Lunatic asylums Madras 1892-1911 - 1892-1911
Year: 1892
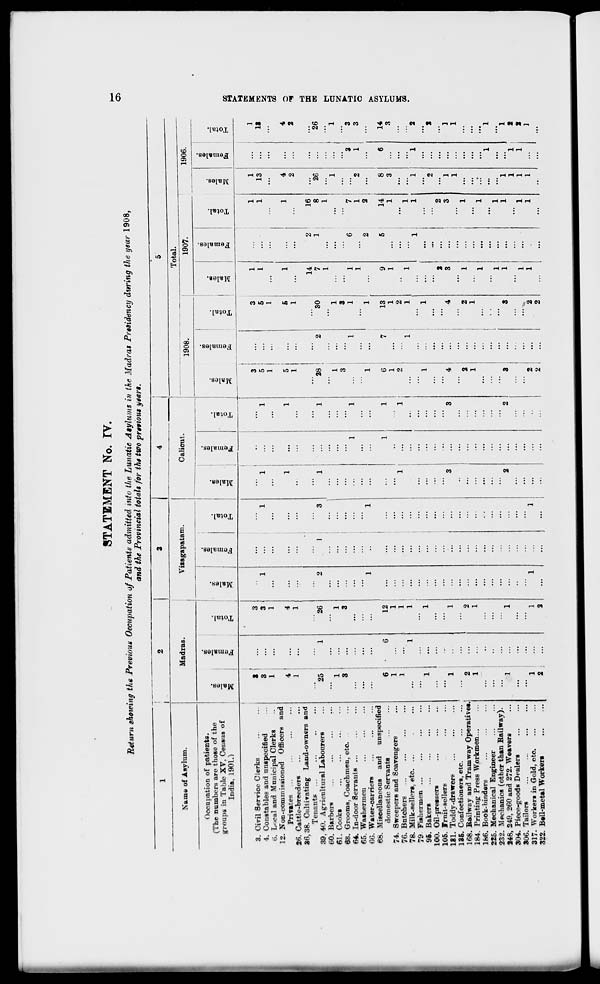
STATEMENT No. TV.
Return showing the Previous Occupation of Patients admitted into the Lunatic Asylums in the Madras Presidency during the year 1908,
and the Provincial totals for the two previous years.
Ci
1
i
1
2
3
4
j
5
Name of Asylum.
Madras.
Vizagapata m.
Caliout.
Total.
i
1908.
1907.
1906.
Occupation of patients.
00
D
DO
re
00
|
00
00
09
(The numbers are those of the
00
15
DO
"3
:
«
IT*
•
00
15
•
■
15
_;
oo
15
groups in Table XV. Census of
"5
i
15
i
c
15
£
15
43
a
0
15
o
15
i
03
"3
1 CO
India, 1901.)
£
fe
EH
3
fa
£
8
o
EH
3
oo
©
EH
a
n
H
S
£ £
3. Civil Service Clerks
»
3
3
!
...
3
i
1
f
1
1
4. Constables and unspecified
3
...
3
l
1
' 1
...
1
5 '
5
i
1
13
...
IS
(5. Local and Municipal Clerks
1
1
...
...
1
...
1
...
...
...
...
12. Non-commissioned Officers and
Privates ...
4
4
...
..
1
1
5
5
i
1
4
4
26. Cattle-breeder6
1
1
..
..
1
1
...
2
...
2
36,38. Cultivating Land-owners and
-
Tenant?
...
..
...
14
2
16
...
...
39. 40. Agricultural Labourers
25
i
26
2
I
3
1
...
1
28
2
30
7
1
8
26
26
60. Barbers
..
...
1
1
...
61. Cooks
1
1
1
1
...
1
1
68. Grooms. Coachmen, etc.
3
...
3
'.'.
...
3
...
3
...
...
...
64. In-door Servants ...
...
1
1
...
1
1
1
6
'" 7
3
3
65. Washermen
...
1
1
2
1
3
6G. Water-carriers
1
1
...
1
1
...
2
2
...
68. Miscellaneous and
unspecified
domestic Servants
6
•
6
12
1
1
6
7
13
9
5
14
8
6
14
74. Sweepers and Scavengers
1
1
1
1
1
1
3
3
76. Butchers
I
1
..
1
1
2
2
...
...
...
...
78. Milk-sellore. etc. ...
1
1
...
...
'" 1
1
1
1
...
79 Fishermen ...
...
1
1
1
1
2
96. Bakers
1
1
..
1
1
...
...
...
100. Oil-pressers
...
...
...
..
...
...
...
...
...
2
...
2
105. Frnit-aellers
...
2
2
...
...
181. Toddy-drawers
1
1
3
3
4
4
3
3
1
]
135. Confectioners, etc.
...
1
1
168. Railway and Tramway Operatives.
2
2
..
...
2
2
1
...
...
...
184. Printing Press Workmen...
1
1
1
1
...
...
...
...
186. Book-binders
...
...
1
..."
...
,..
225. Mechanical Engineer
...
...
1
1
232. Mechanics (other than Bailway).
1
,..
...
...
...
248, 249, 260 and 272. Weavers
' ...
1
1
2
2
3
3
1
1
1
304. Piece-goods Dealers
...
...
1
1
2
306. Tailors
...
...
1
1
1
2
317. Workers in Gold, etc
1
1
1
1
...
••
2
2
1
1
1
322. B«ll-metal Workers
2
2
••
...
...
...
...
2
...
2
...
...
...
... 1 ... ...
H
CD
O
SB
tH
►
t-3
►
CO
f
5
GO